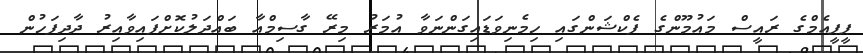
ޕީޕީއެމްގެ ރައީސް މައުމޫންގެ ފެކްޝަންގައި ހިމެނިވަޑައިގަންނަވާ އުމަރު މިރޭ ގާސިމްއާ ބައްދަލުކޮށްފައިވާއިރު ދާދިފަހުން